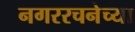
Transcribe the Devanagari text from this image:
नगररचनेच्या